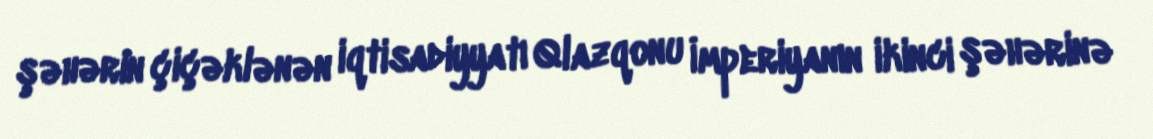
şəhərin çiçəklənən iqtisadiyyatı Qlazqonu İmperiyanın ikinci şəhərinə